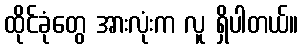
ထိုင်ခုံတွေ အားလုံးက လူ ရှိပါတယ်။